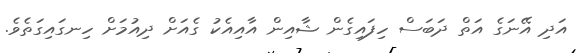
އަދި އޭނަގެ އަތް ދަބަސް ހިފައިގެން ޝާއިން އާއިއެކު ގެއަށް ދިއުމަށް ހިނގައިގަތެވެ.